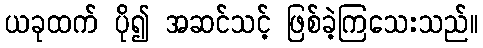
ယခုထက် ပို၍ အဆင်သင့် ဖြစ်ခဲ့ကြသေးသည်။